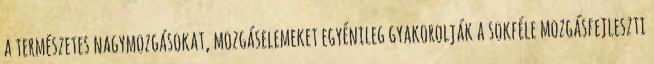
a természetes nagymozgásokat, mozgáselemeket egyénileg gyakorolják a sokféle mozgásfejlesztı